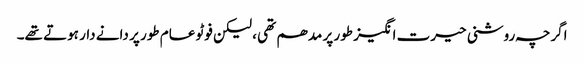
اگرچہ روشنی حیرت انگیز طور پر مدھم تھی ، لیکن فوٹو عام طور پر دانے دار ہوتے تھے۔